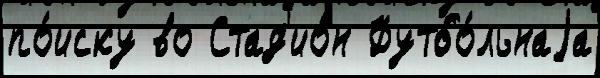
по́иску во Стад'ио́н Футбо́льнаjа